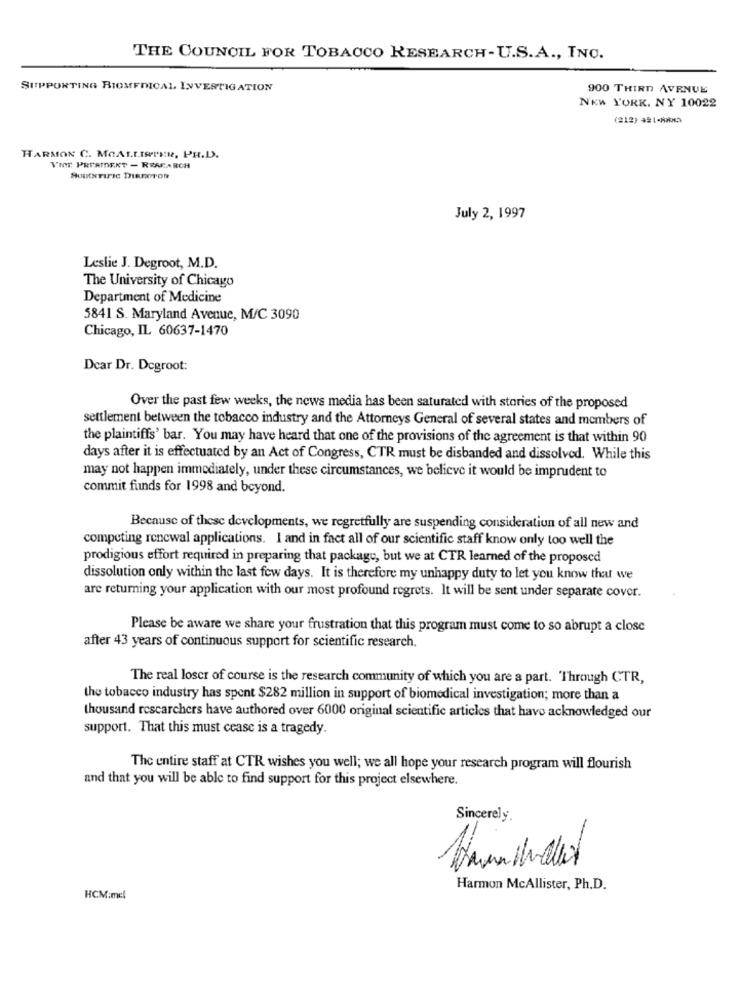
THE COUNCIL FOR TOBACCO RESEARCH-U.S.A ., INC.
SUPPORTING BIOMEDICAL INVESTIGATION
900 THIRD AVENUE
NEW YORK, NY 10022
(212) 421-8AND
HARMON C. MOALL.INTHE, PH.D.
VINT PREAIDEKT - RRACARCH
July 2, 1997
Leslie J. Degroot, M.D.
The University of Chicago
Department of Medicine
5841 S. Maryland Avenue, M/C 3090
Chicago, IL 60637-1470
Dear Dr. Degroot:
Over the past few weeks, the news media has been saturated with stories of the proposed
settlement between the tobacco industry and the Attorneys General of several states and members of
the plaintiffs' bar. You may have heard that one of the provisions of the agreement is that within 90
days after it is effectuated by an Act of Congress, CTR must be disbanded and dissolved. While this
may not happen immediately, under these circumstances, we believe it would be imprudent to
commit funds for 1998 and beyond.
Because of these developments, we regretfully are suspending consideration of all new and
competing renewal applications. I and in fact all of our scientific staff know only too well the
prodigious effort required in preparing that package, but we at CTR learned of the proposed
dissolution only within the last few days. It is therefore my unhappy duty to let you know that we
are returning your application with our most profound regrets. It will be sent under separate cover.
Please be aware we share your frustration that this program must come to so abrupt a close
after 43 years of continuous support for scientific research.
The real loscr of course is the research community of which you are a part. Through CTR,
the tobacco industry has spent $282 million in support of biomedical investigation; more than a
thousand researchers have authored over 6000 original scientific articles that have acknowledged our
support. That this must cease is a tragedy.
The entire staff at CTR wishes you well; we all hope your research program will flourish
and that you will be able to find support for this project elsewhere.
Sincerely
Harmon McAllister, Ph.D.
HCM:mel